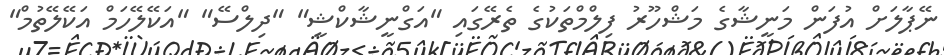
ނޭޕާލަށް އުފަން މަނީޝާގެ މަޝްހޫރު ފިލްމްތަކުގެ ތެރޭގައި "އަގްނީޝާކްޝީ" "ދިލްސޭ" "އަކޭލޭހަމް އަކޭލޭތުމް"